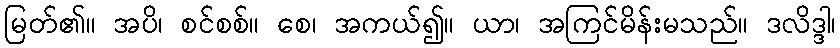
မြတ်၏။ အပိ၊ စင်စစ်။ စေ၊ အကယ်၍။ ယာ၊ အကြင်မိန်းမသည်။ ဒလိဒ္ဒါ၊